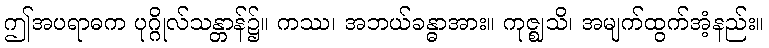
ဤအပရာဓက ပုဂ္ဂိုလ်သန္တာန်၌။ ကဿ၊ အဘယ်ခန္ဓာအား။ ကုဇ္ဈသိ၊ အမျက်ထွက်အံ့နည်း။